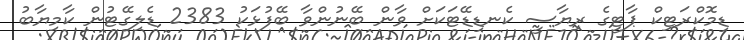
ޑިމޮކްރަޓިކް ޕާޓީގެ ރިޔާސީ ކެނޑިޑޭޓަކަށް ވާން ބޭނުންވާ ބޭފުޅަކު 2383 ޑެލިގޭޓުން ކާމިޔާބު